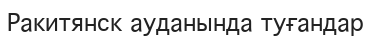
Ракитянск ауданында туғандар